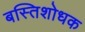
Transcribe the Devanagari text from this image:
बस्तिशोधक